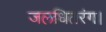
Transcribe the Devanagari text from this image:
जलधितरंग।